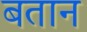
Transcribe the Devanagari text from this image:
बतान